Leningradi_Edasi_toimetus, lk 44
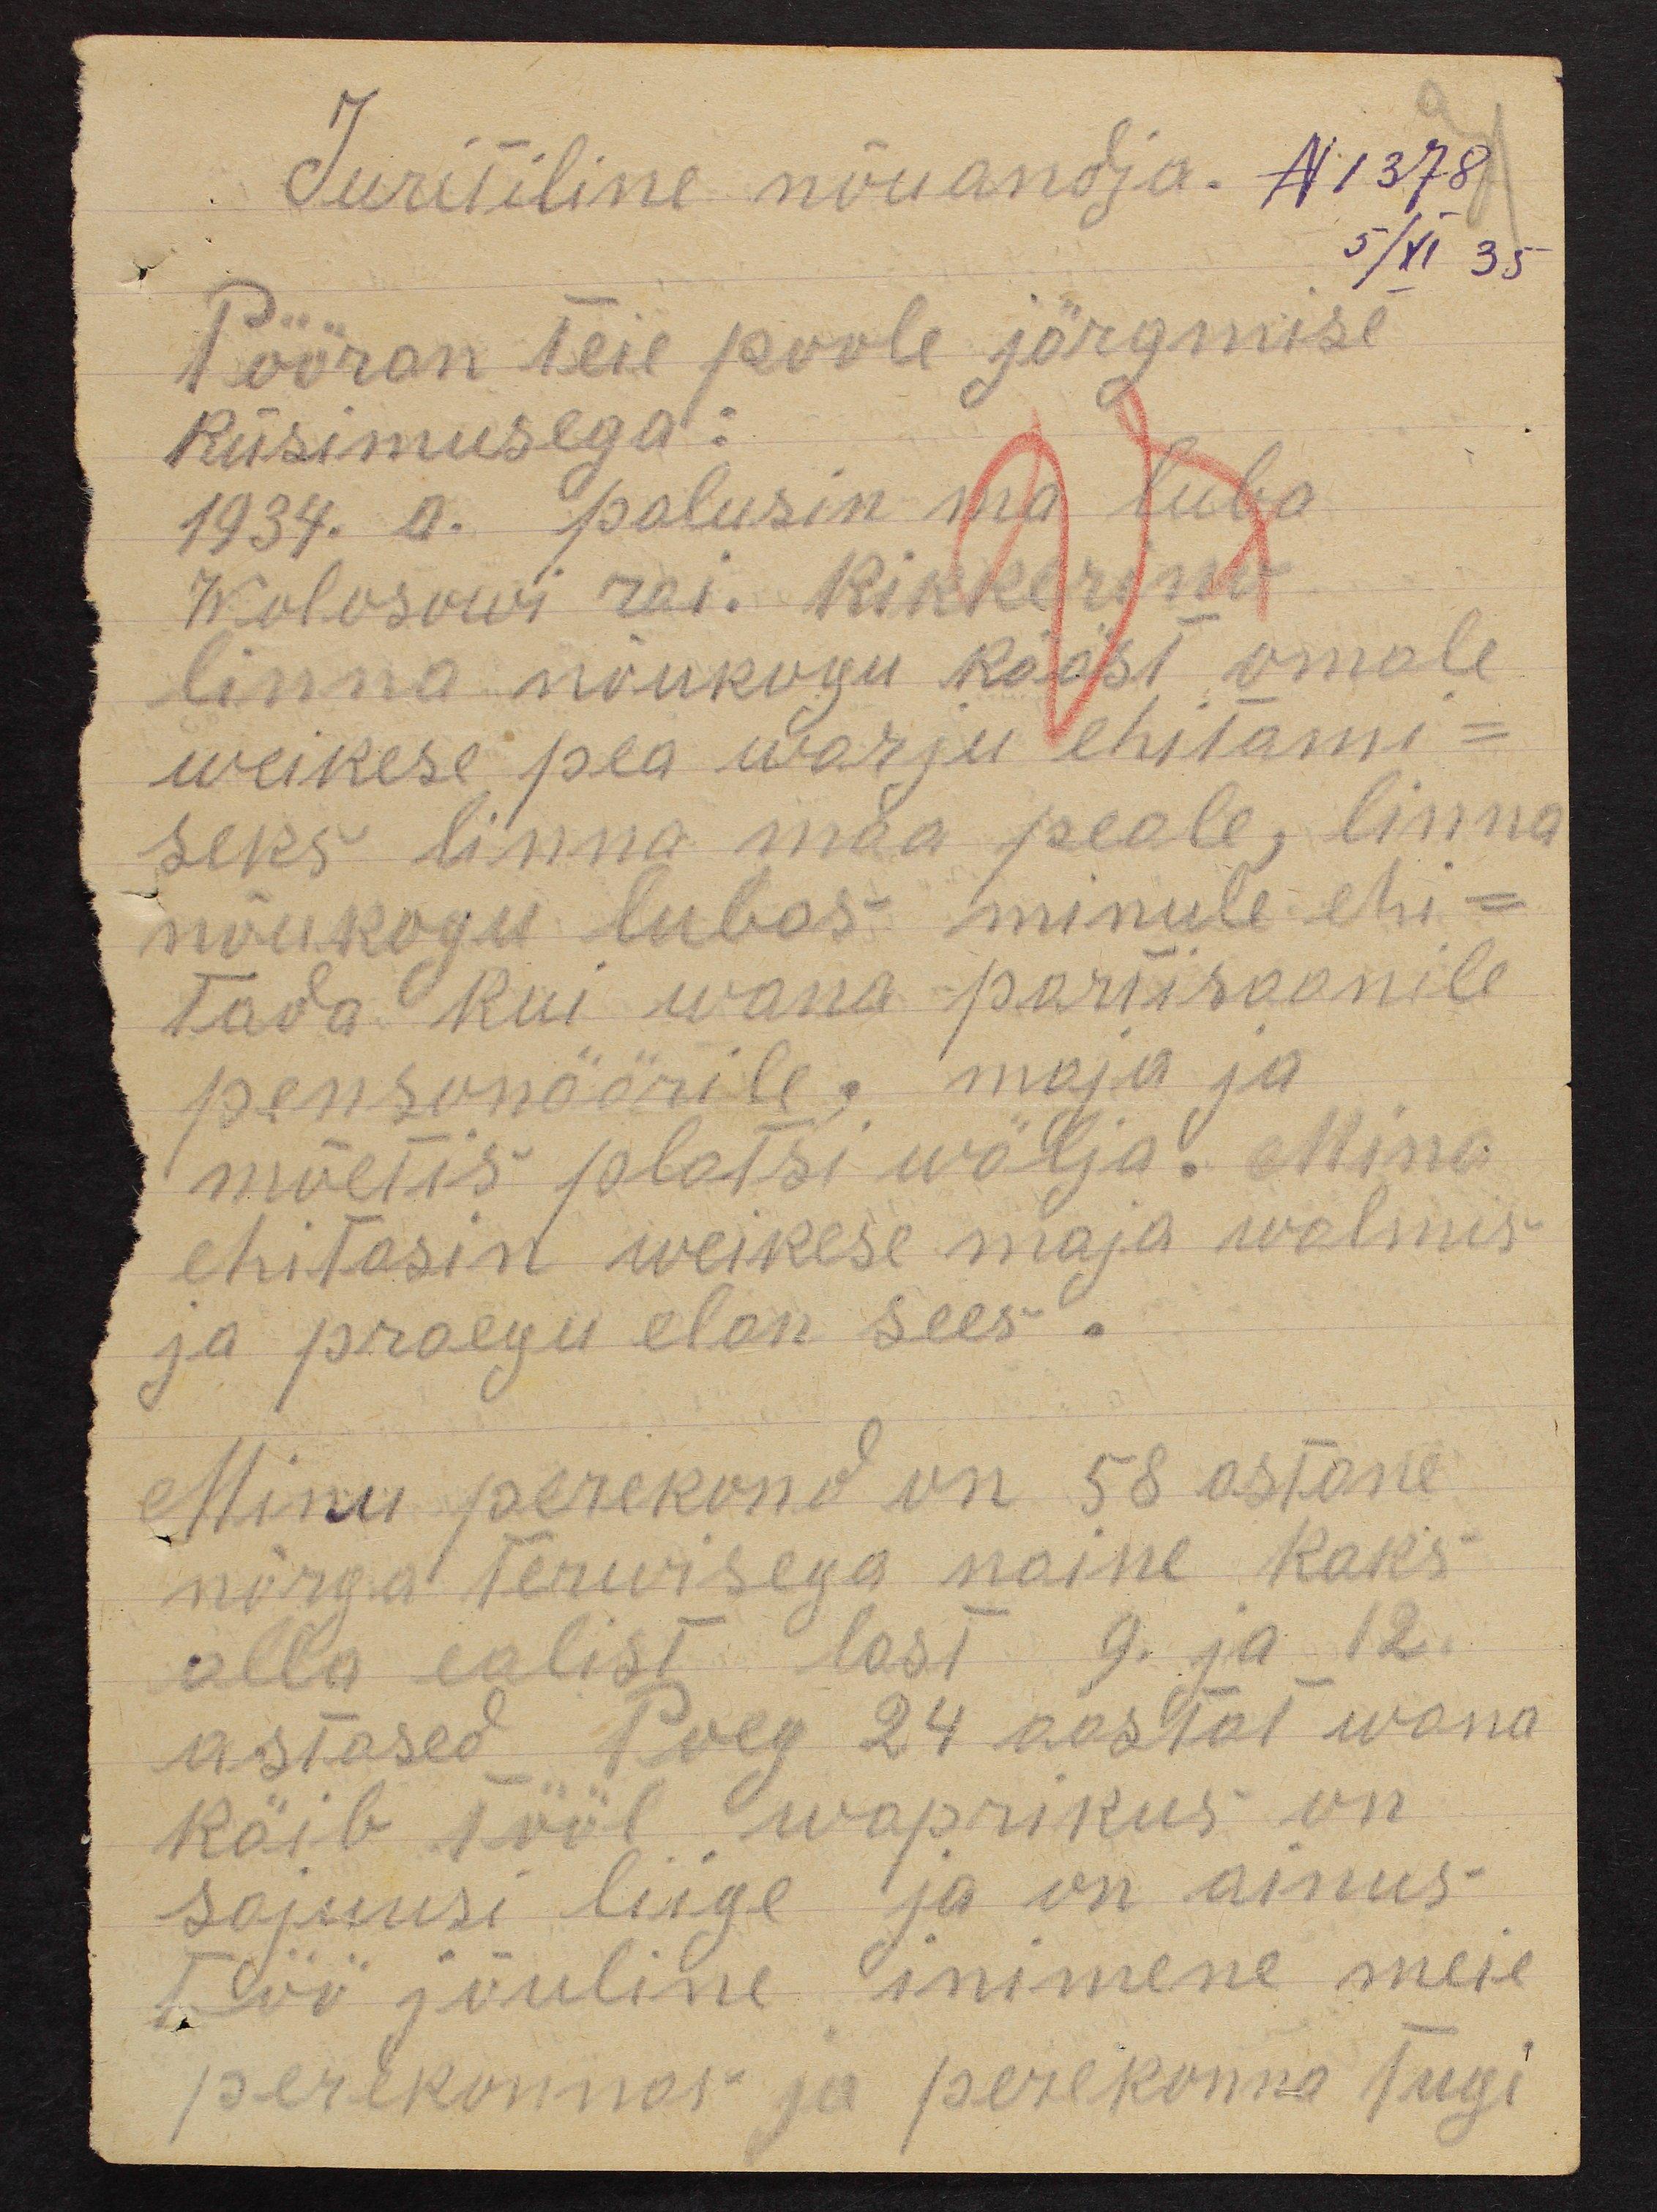
Juritiline nõuandja. N1378
5/XI 35
Pööran teie poole järgmise
küsimusega:
1934. a. palusin ma luba
Wolosowi rai. Rikkermann
linna nõukogu kääst omale
weikese pea warju ehitami-
seks linna maa peale, linna
nõukogu lubas minule ehi-
tada kui wana partisaanile
pensonäärile, maja ja
mõetis platsi wälja. Mina
ehitasin weikese maja walmis
ja praegu elan sees.
Minu perekond on 58 astane
nõrga terwisega naine kaks
alla ealist last 9 ja 12
astased poeg 24 aastat wana
käib tööl waprikus on
sajuusi liige ja on ainus
töö jõuline inimene meie
perekonnas ja perekonna tugi